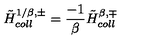
{ \tilde { H } } _ { c o l l } ^ { 1 / \beta , \pm } = { \frac { - 1 } { \beta } } { \tilde { H } } _ { c o l l } ^ { \beta , \mp }